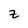
Character: Z